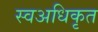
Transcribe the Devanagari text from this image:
स्वअधिकृत